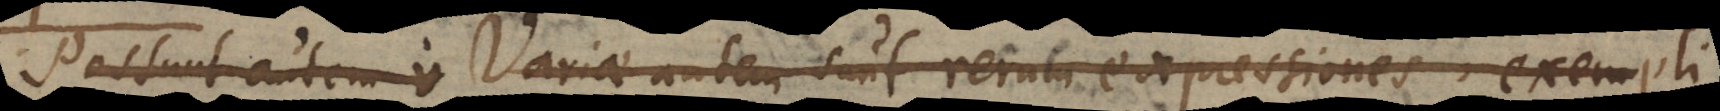
Possunt autem v Variae autem sunt rerum expressiones, exempli